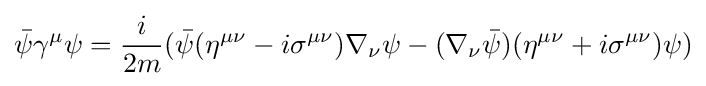
{\bar {\psi }}\gamma ^{\mu }\psi ={\frac {i}{2m}}({\bar {\psi }}(\eta ^{\mu \nu }-i\sigma ^{\mu \nu })\nabla _{\nu }\psi -(\nabla _{\nu }{\bar {\psi }})(\eta ^{\mu \nu }+i\sigma ^{\mu \nu })\psi )